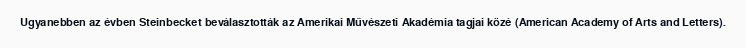
Ugyanebben az évben Steinbecket beválasztották az Amerikai Művészeti Akadémia tagjai közé (American Academy of Arts and Letters).